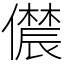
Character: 𫣳